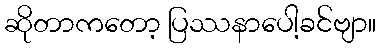
ဆိုတာကတော့ ပြဿနာပေါ့ခင်ဗျာ။